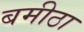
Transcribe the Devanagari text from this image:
बमीठा